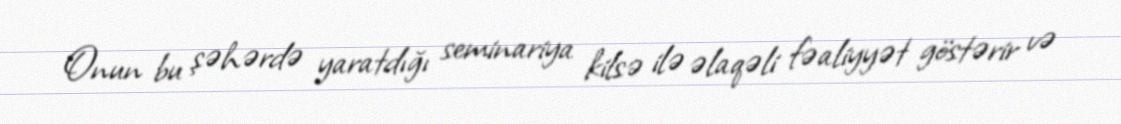
Onun bu şəhərdə yaratdığı seminariya kilsə ilə əlaqəli fəaliyyət göstərir və